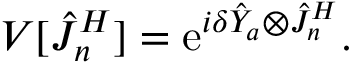
V [ \hat { J } _ { n } ^ { H } ] = \mathrm { e } ^ { i \delta \hat { Y } _ { a } \otimes \hat { J } _ { n } ^ { H } } .